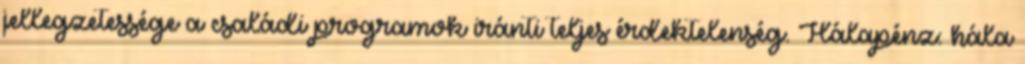
jellegzetessége a családi programok iránti teljes érdektelenség. Hálapénz: hála